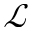
\mathcal { L }